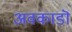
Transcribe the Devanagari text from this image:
अवकाडॊ